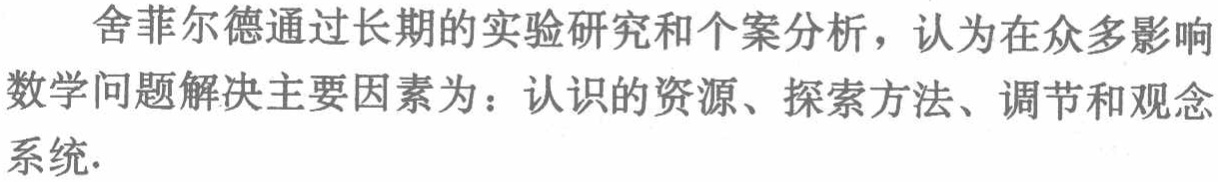
舍菲尔德通过长期的实验研究和个案分析，认为在众多影响数学问题解决主要因素为：认识的资源、探索方法、调节和观念系统.